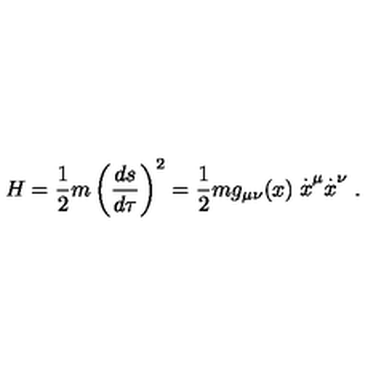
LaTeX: H = \frac { 1 } { 2 } m \left( \frac { d s } { d \tau } \right) ^ { 2 } = \frac { 1 } { 2 } m g _ { \mu \nu } ( x ) \stackrel { . } { x } ^ { \mu } \stackrel { . } { x } ^ { \nu } .